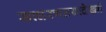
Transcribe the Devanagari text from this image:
साधरणतयःदेखने